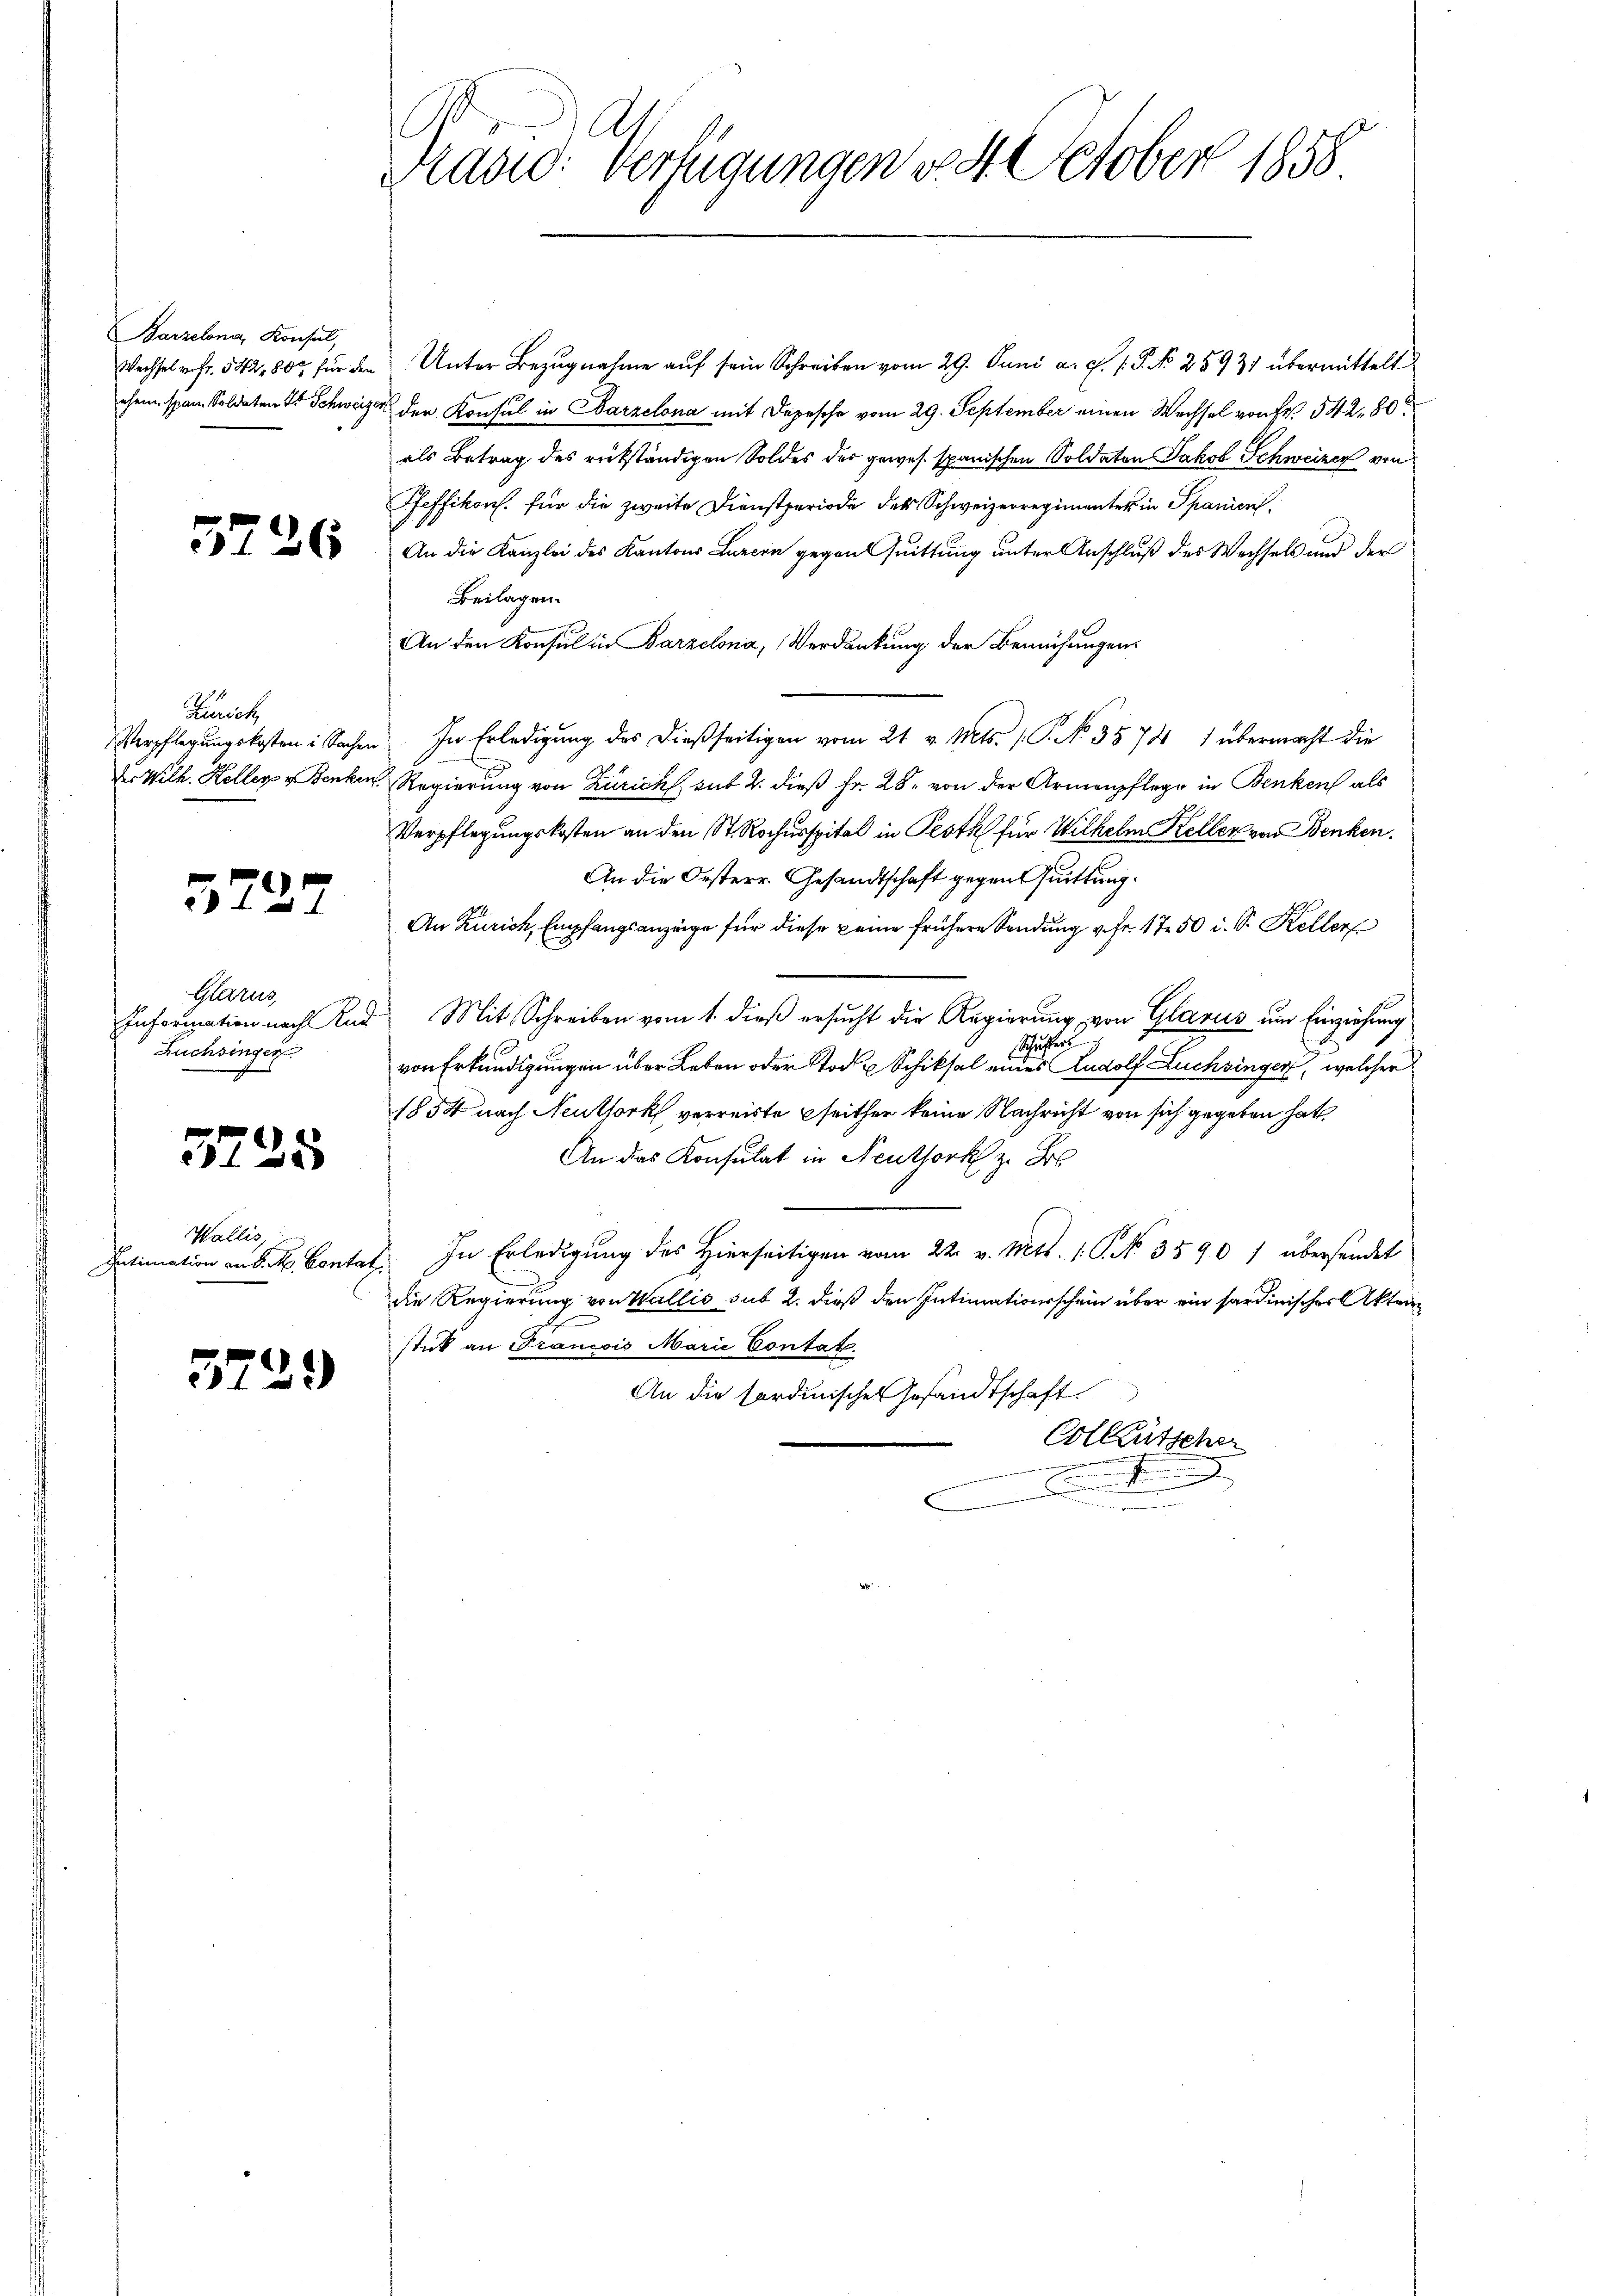
Barzelona, Konsul,

552

Zürich

3227

Glarus,
Rüchsinger

5725

26

Wallis

5229

As
Grand: Verfügungen v. 4. October 1858

Wechsel vofr. 542, 80 für den Unter Bezŭgnahme aŭf sein Schreiben vom 29. Juni a. c. s. S. No 25931 übermittelt
chem span. Soldaten J. Schweizer der Konsul in Parzelona mit Depesche vom 29. September einen Wechsel von Fr. 542. 80.
als Betrag des rükständigen Soldes der gewes spanischen Soldaten Jakob Schweizer von
Pfeffikon. für die zweite Dienstperiode der Schweizerregimenter in Spanien,
An die Kanzlei des Kantons Luzern gegen Quittung unter Anschluß des Wechsels und der
Beilagen.
An den Konsul in Barzelona, Verdankung der Bemühungen
Verpflegungskosten in Sachen. In Erledigŭng des dießseitigen vom 21. v. Mts. (T. No. 3574 1 übermacht die
d. Wilh. Keller v. Benken. Regierung von Zürich, sub 2. dieß Fr. 28. von der Armenpflege in Benken als
Verpflegungskosten an den St. Rochusspital in Pesth für Wilhelm Keller von Benken.
An die Oesterr. Gesandtschaft gegen Quittung.
An Zürich, Empfangsanzeige für diese keine frühere Sendung v. fr. 1750 i. Sr. Keller
Information nach Rad Mit Schreiben vom 1. dieß ersucht die Regierung von Glarus um Einziehung
Scheuer
von Erkundigungen über Leben oder Stod u Schiksal eines Rudolf Buchbingen, welcher
1834 nach Neuthork verreiste seither keine Nachricht von sich gegeben hat,
An das Konsulat in Neuthork z. B.
Intimation an d. M. Contat. In Erledigung des Hierseitigen vom 22. v. Mts. 1. C. No. 35907 übersendet
die Regierung von Wallis sub 2. dieß den Intimationsschein über ein sardinisches Akten
stick an Francois Marie Contat.
An die fordinischen Gesandtschaft.
Colkutscher
.
x
d